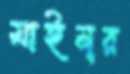
মাইনূর